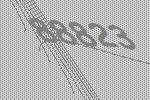
88823